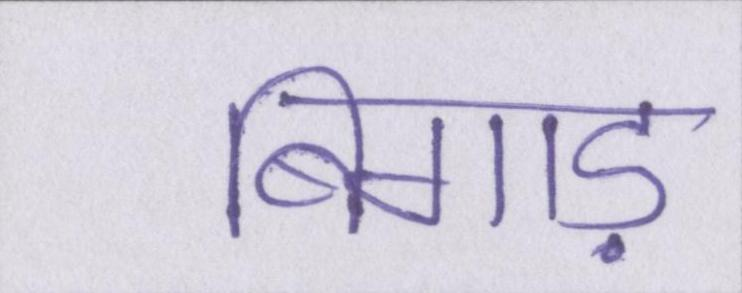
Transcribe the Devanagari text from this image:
बिगाड़